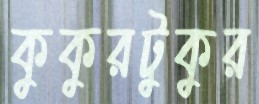
কুকুরটুকুর